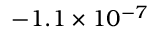
- 1 . 1 \times 1 0 ^ { - 7 }